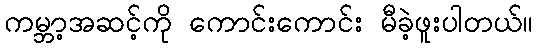
ကမ္ဘာ့အဆင့်ကို ကောင်းကောင်း မီခဲ့ဖူးပါတယ်။